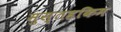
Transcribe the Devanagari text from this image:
मुस्तहकिम